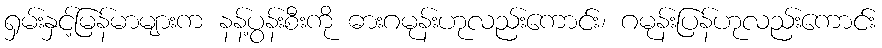
ရှမ်းနှင့်မြန်မာများက နန့်ပွန်းစီးကို ဓားဂမုန်းဟုလည်းကောင်း၊ ဂမုန်းပြန်ဟုလည်းကောင်း